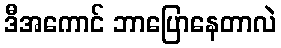
ဒီအကောင် ဘာပြောနေတာလဲ